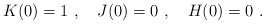
\begin{align*}K(0)=1 \ , \ \ \ J(0) = 0 \ , \ \ \ H(0)=0\ . \end{align*}